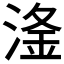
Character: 𣺨